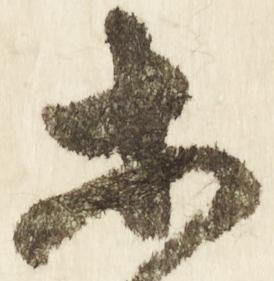
等